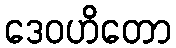
ဒေဝဟိတော